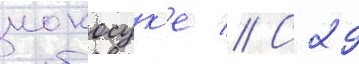
иокосук'е // С 29